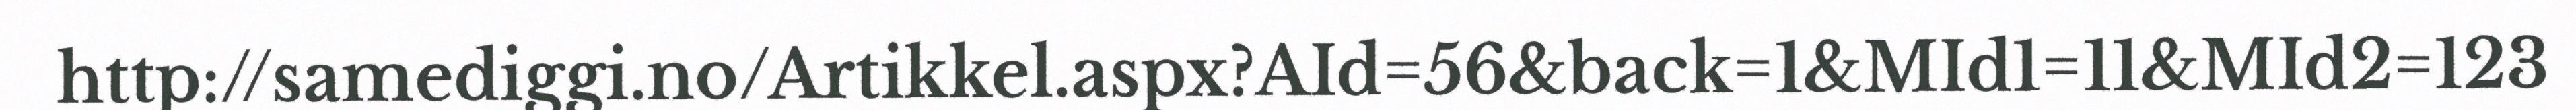
http://samediggi.no/Artikkel.aspx?AId=56&back=1&MId1=11&MId2=123